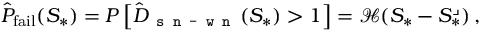
\hat { P } _ { \mathrm { f a i l } } ( S _ { * } ) = P \left[ \hat { D } _ { \texttt { s n - w n } } ( S _ { * } ) > 1 \right] = { \mathcal H } ( S _ { * } - S _ { * } ^ { \lrcorner } ) \, ,